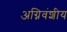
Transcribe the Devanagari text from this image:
अग्निवंशीय